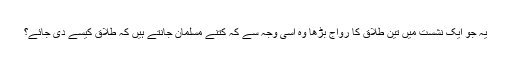
یہ جو ایک نشست میں تین طلاق کا رواج بڑھا وہ اسی وجہ سے کہ کتنے مسلمان جانتے ہیں کہ طلاق کیسے دی جائے؟